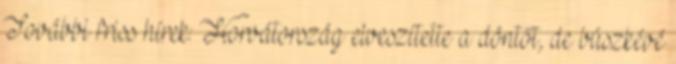
További friss hírek: Horvátország elveszítette a döntőt, de büszkévé